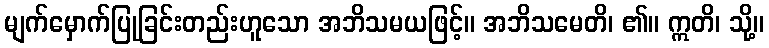
မျက်မှောက်ပြုခြင်းတည်းဟူသော အဘိသမယဖြင့်။ အဘိသမေတိ၊ ၏။ ဣတိ၊ သို့။